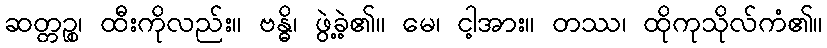
ဆတ္တဉ္စ၊ ထီးကိုလည်း။ ဗန္ဓိ၊ ဖွဲ့ခဲ့၏။ မေ၊ ငါ့အား။ တဿ၊ ထိုကုသိုလ်ကံ၏။